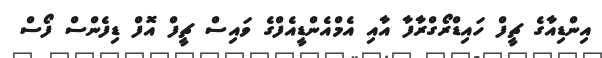
އިންޑިއާގެ ޗީފް ހައިޑްރޯގްރާފާ އާއި އެމްއެންޑީއެފްގެ ވައިސް ޗީފް އޮފް ޑިފެންސް ފޯސް